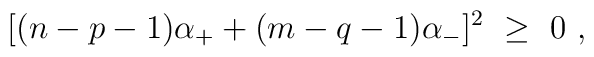
[(n-p-1)\alpha_+ + (m-q-1)\alpha_-]^2\ \geq\ 0\ ,